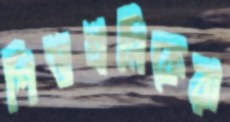
শিশুশ্রমিকেরা